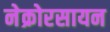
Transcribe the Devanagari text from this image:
नेक्रोरसायन